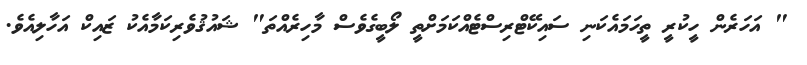
" އަހަރެން ހީކުރީ ތީހަމައެކަނި ސައިކޭޓްރިސްޓެއްކަމަށްތީ ލޯބީގެވެސް މާހިރެއްތަ" ޝައުޤުވެރިކަމާއެކު ޒައިކް އަހާލިއެވެ.